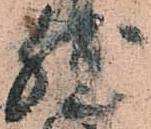
然